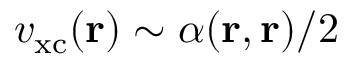
v _ { \mathrm { x c } } ( \mathbf { r } ) \sim \alpha ( \mathbf { r } , \mathbf { r } ) / 2